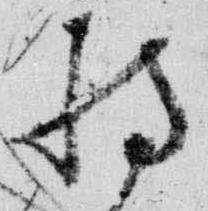
持